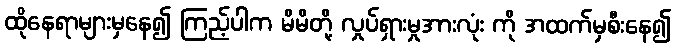
ထိုနေရာများမှနေ၍ ကြည့်ပါက မိမိတို့ လှုပ်ရှားမှုအားလုံး ကို အထက်မှစီးနေ၍